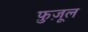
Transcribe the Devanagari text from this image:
फ़ुज़ूल